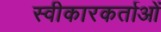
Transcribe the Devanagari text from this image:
स्वीकारकर्ताओं